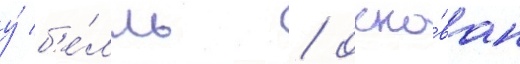
у́ б'е́лль / осно́ван